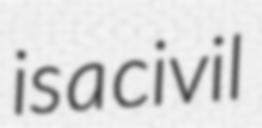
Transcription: is a civil